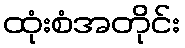
ထုံးစံအတိုင်း